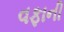
વફાની